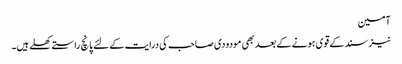
آمین
نیز سند کے قوی ہونے کے بعد بھی مودودی صاحب کی درایت کے لئے پانچ راستےکھلے ہیں۔